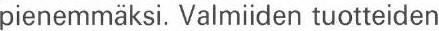
pienemmäksi. Valmiiden tuotteiden